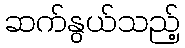
ဆက်နွယ်သည့်